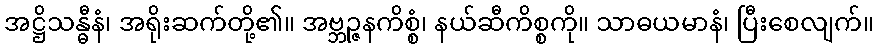
အဋ္ဌိသန္ဓီနံ၊ အရိုးဆက်တို့၏။ အဗ္ဘဉ္ဇနကိစ္စံ၊ နယ်ဆီကိစ္စကို။ သာဓယမာနံ၊ ပြီးစေလျက်။